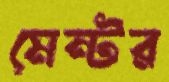
মেন্টর